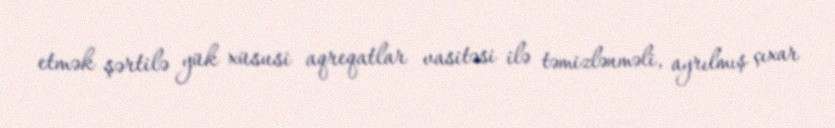
etmək şərtilə yük xüsusi aqreqatlar vasitəsi ilə təmizlənməli, ayrılmış çıxar